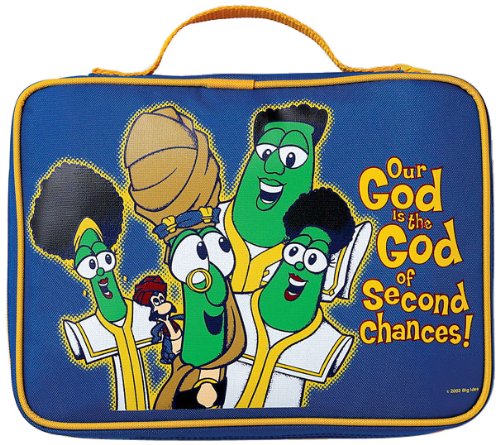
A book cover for Jonah Bible Cover: Story Size; Christian Books & Bibles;